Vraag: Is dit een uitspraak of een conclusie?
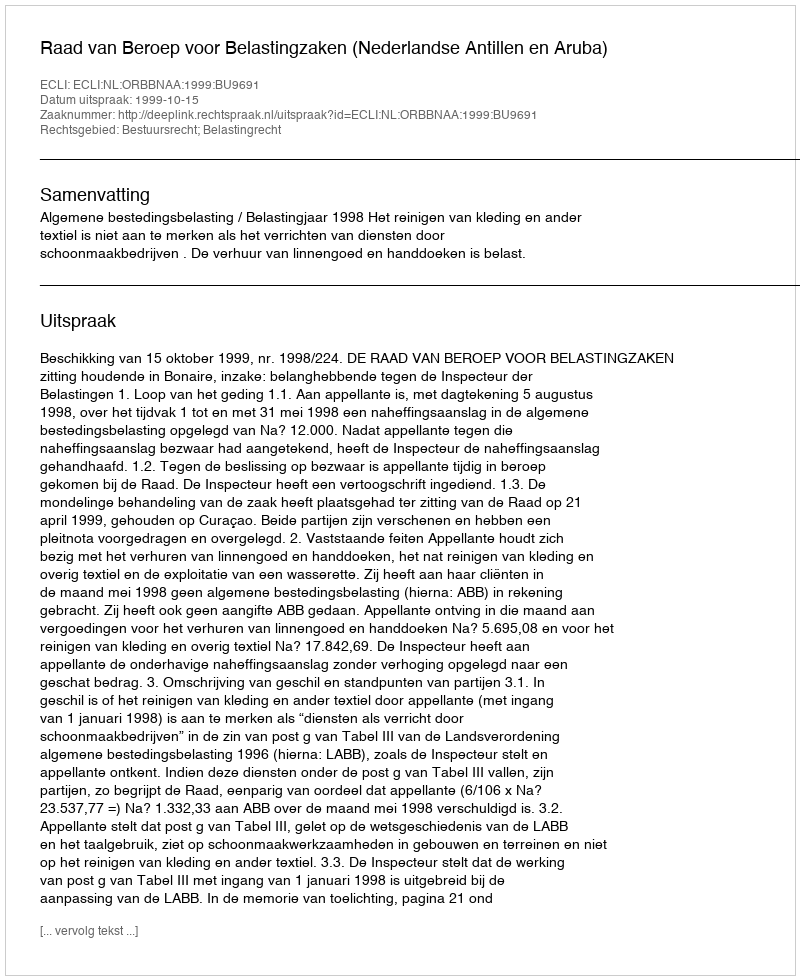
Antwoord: Uitspraak